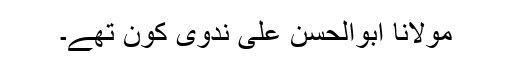
مولانا ابوالحسن علی ندوی کون تھے۔